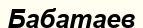
Бабатаев